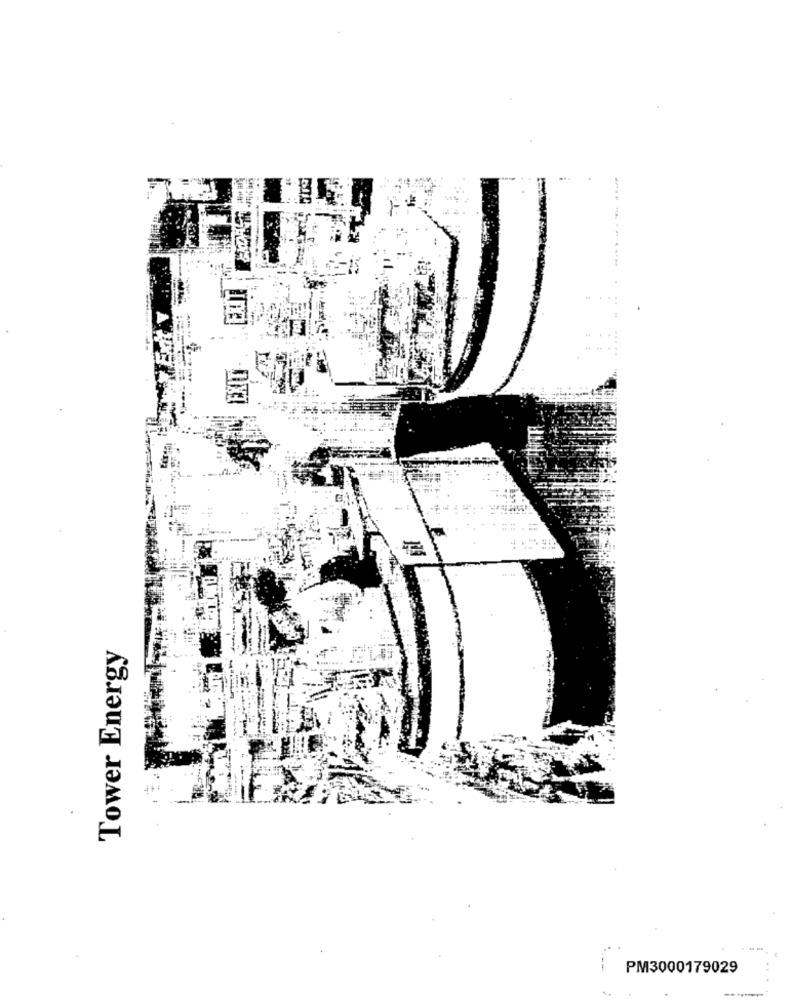
--- -
Tower Energy
PM3000179029